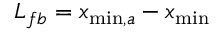
L _ { f b } = x _ { \operatorname* { m i n } , a } - x _ { \operatorname* { m i n } }